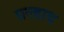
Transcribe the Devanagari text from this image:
प्रल्‍हाद